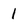
Character: 1